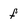
Character: f